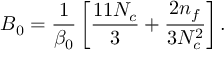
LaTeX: B _ { 0 } = \frac { 1 } { \beta _ { 0 } } \left[ \frac { 1 1 N _ { c } } { 3 } + \frac { 2 n _ { f } } { 3 N _ { c } ^ { 2 } } \right] .